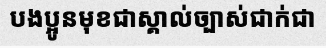
បងប្អូនមុខជាស្គាល់ច្បាស់ជាក់ជា